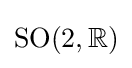
\mathrm {SO} (2,\mathbb {R} )